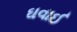
ઘવાઈ